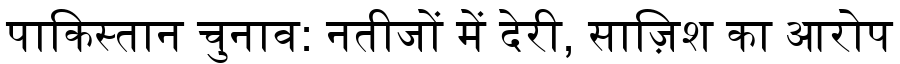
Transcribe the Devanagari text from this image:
पाकिस्तान चुनाव: नतीजों में देरी, साज़िश का आरोप